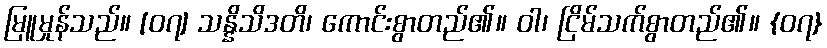
မြူမှုန်သည်။ [၀၇] သန္နိသိဒတိ၊ ကောင်းစွာတည်၏။ ဝါ၊ ငြိမ်သက်စွာတည်၏။ {၀၇}